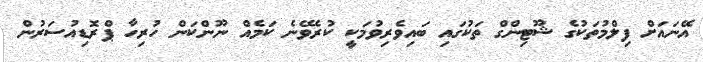
އޭނައަށް ފިލްމުތަކުގެ ޝޫޓިންގް ތަކުގައި ބައިވެރިވުމަކީ ކުރެވޭނެ ކަމެއް ނޫންކަން ހުރިހާ ޕްރޮޑިއުސަރުން